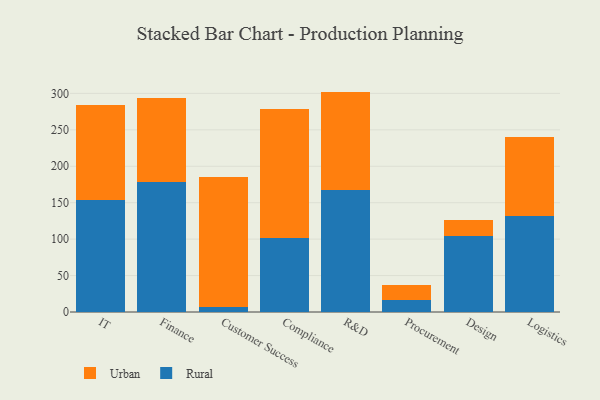
{"axis": {"x": "Department", "y": "LTV (USD)"}, "legend": ["Rural", "Urban"], "data": [{"x": "IT", "y": 153.8, "type": "Rural"}, {"x": "IT", "y": 129.9, "type": "Urban"}, {"x": "Finance", "y": 178.2, "type": "Rural"}, {"x": "Finance", "y": 115.1, "type": "Urban"}, {"x": "Customer Success", "y": 7.5, "type": "Rural"}, {"x": "Customer Success", "y": 178.4, "type": "Urban"}, {"x": "Compliance", "y": 101.9, "type": "Rural"}, {"x": "Compliance", "y": 176.5, "type": "Urban"}, {"x": "R&D", "y": 166.9, "type": "Rural"}, {"x": "R&D", "y": 135.6, "type": "Urban"}, {"x": "Procurement", "y": 16.0, "type": "Rural"}, {"x": "Procurement", "y": 20.6, "type": "Urban"}, {"x": "Design", "y": 103.7, "type": "Rural"}, {"x": "Design", "y": 22.9, "type": "Urban"}, {"x": "Logistics", "y": 132.0, "type": "Rural"}, {"x": "Logistics", "y": 107.8, "type": "Urban"}]}